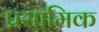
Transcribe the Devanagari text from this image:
प्रसामिक